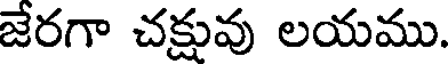
జేరగా చక్షువు లయము.